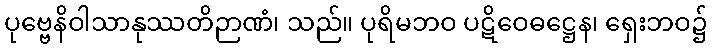
ပုဗ္ဗေနိဝါသာနုဿတိဉာဏံ၊ သည်။ ပုရိမဘဝ ပဋိဝေဓဋ္ဌေန၊ ရှေးဘဝ၌